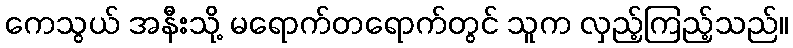
ကေသွယ် အနီးသို့ မရောက်တရောက်တွင် သူက လှည့်ကြည့်သည်။